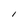
Character: l